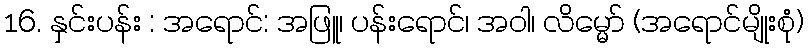
16. နှင်းပန်း : အရောင်: အဖြူ၊ ပန်းရောင်၊ အဝါ၊ လိမ္မော် (အရောင်မျိုးစုံ)